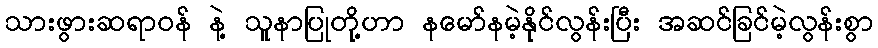
သားဖွားဆရာဝန် နဲ့ သူနာပြုတို့ဟာ နမော်နမဲ့နိုင်လွန်းပြီး အဆင်ခြင်မဲ့လွန်းစွာ